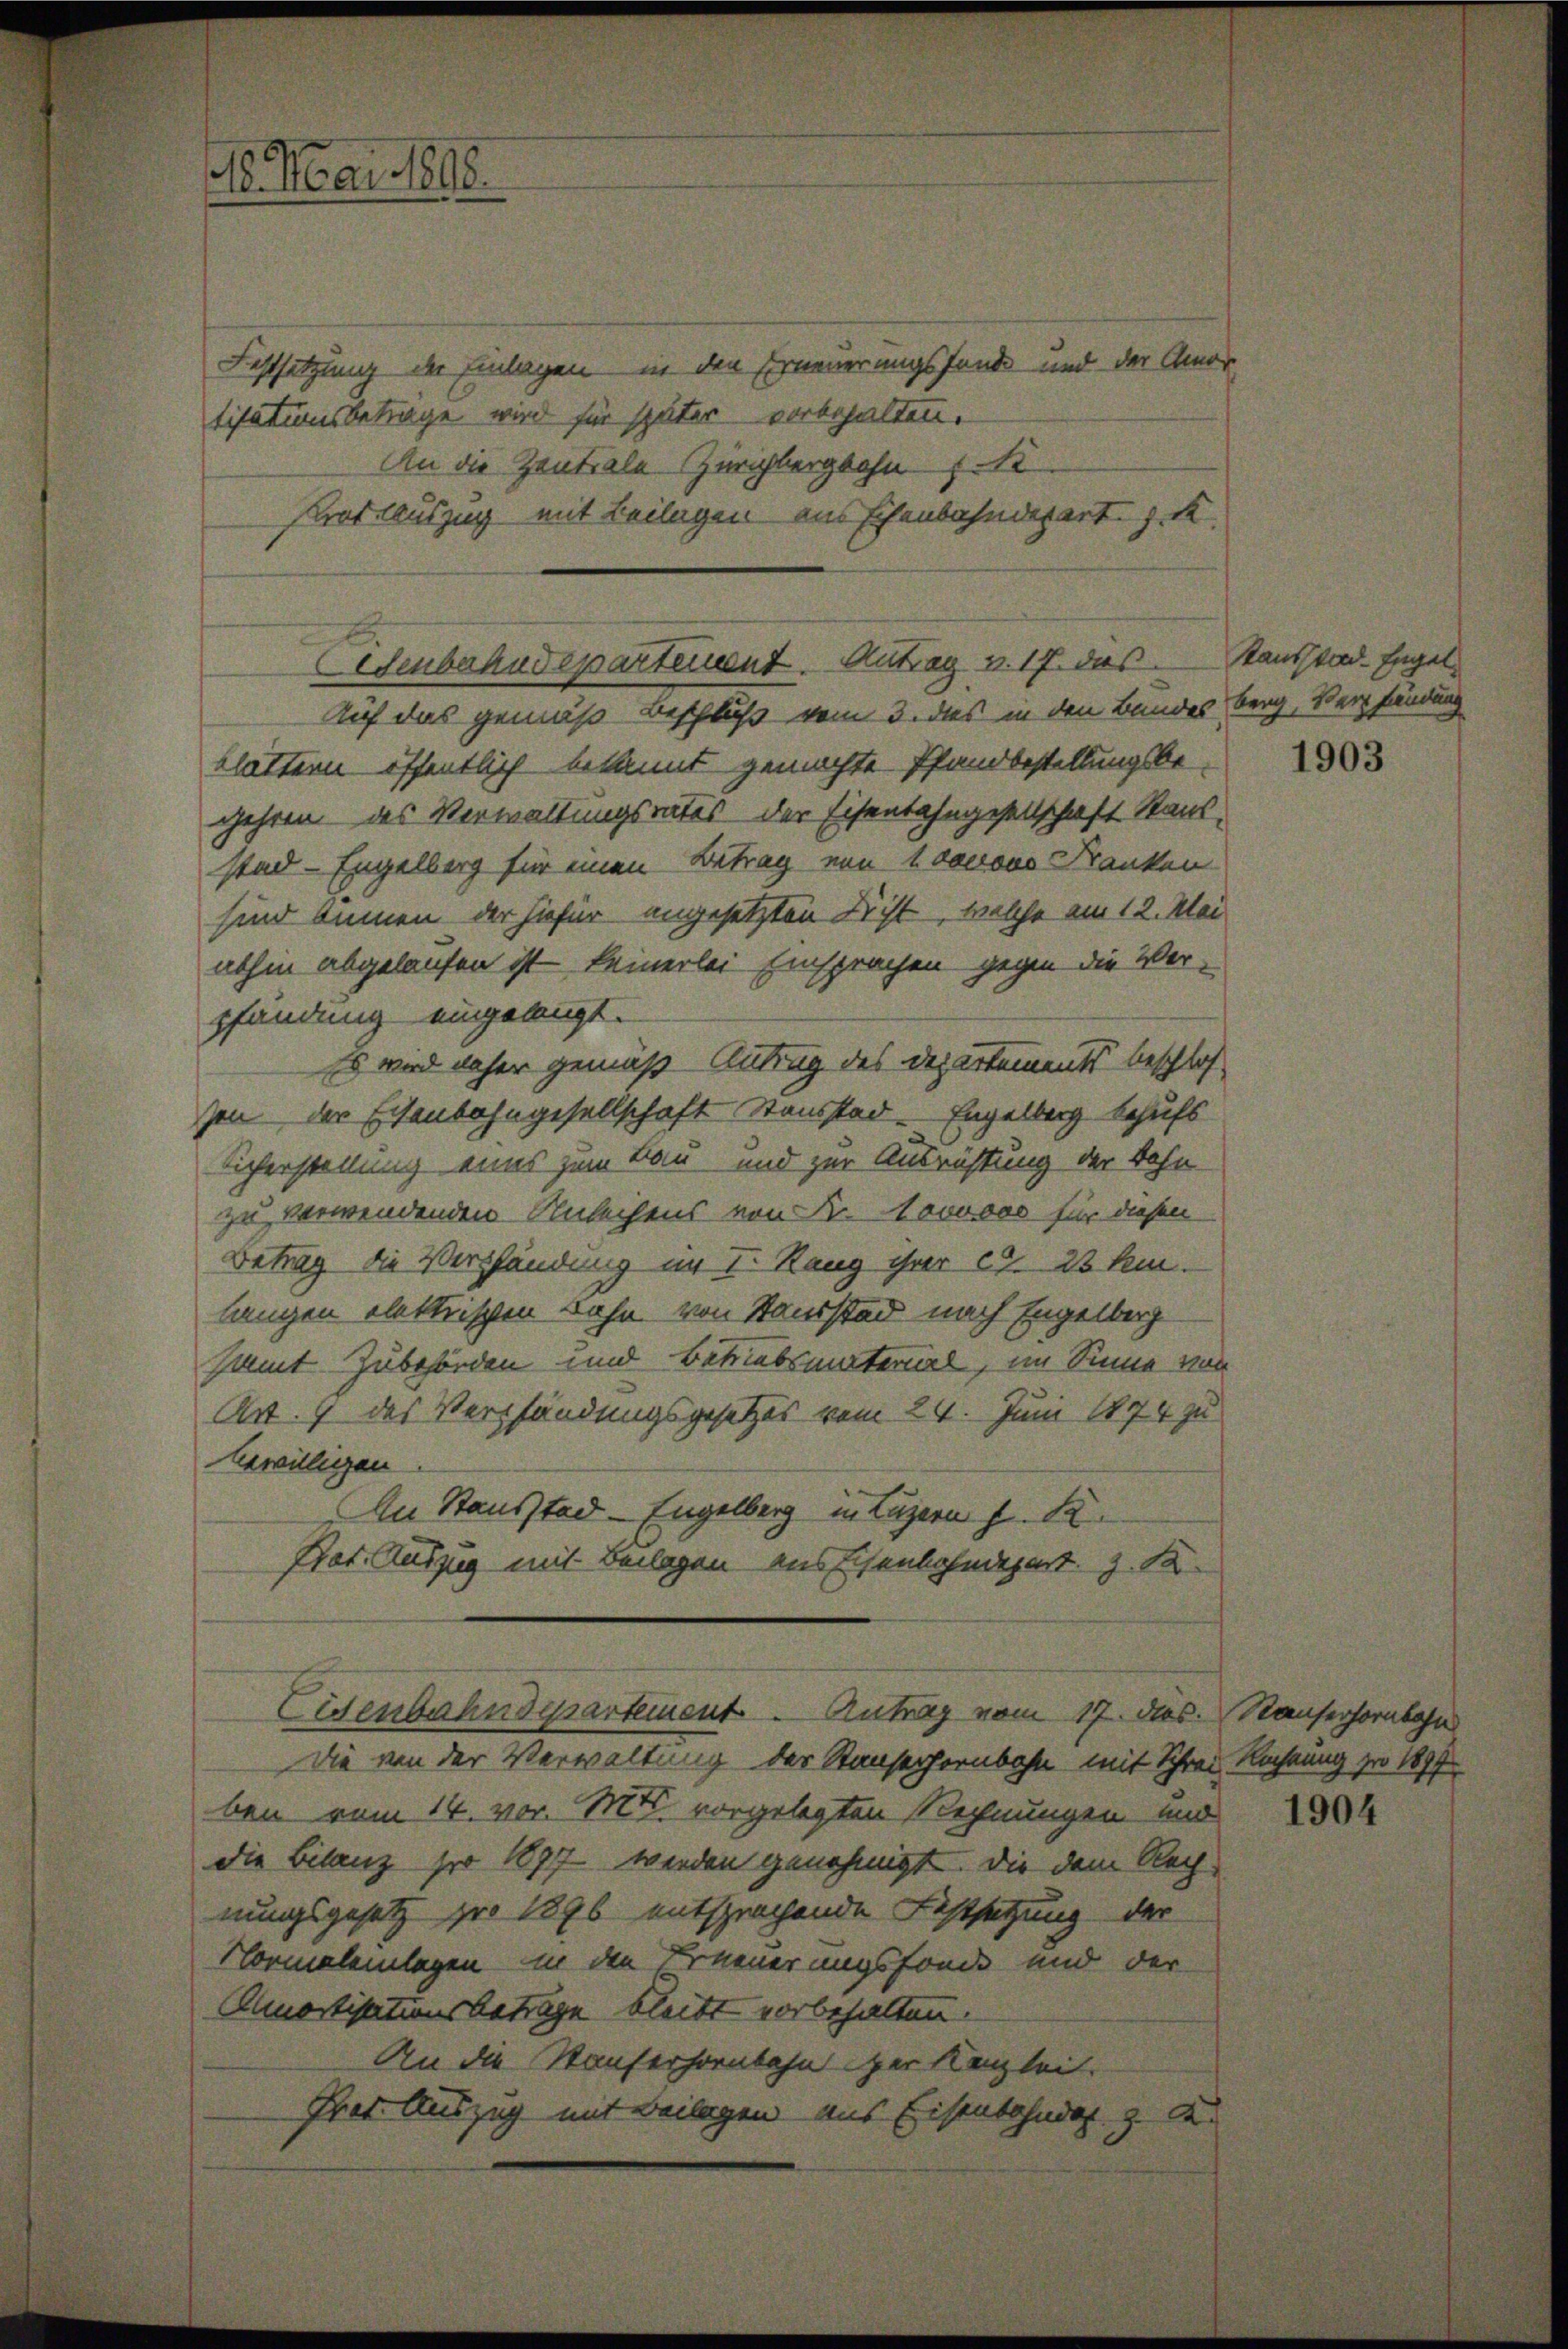
A
15. Mai 1898.

Festsetzung der Einlagen in den Erneuerungsfonde und der Amor-
tisationsbetrage wird für später vorbehalten.
An die Zentrale Zürichbergbahn 11.
Krattauszug mit Beilagen aus Eisenbahndepart. I. K

Auf das gemäß Beschluß vom 3. dies in den Bandes
klättern öffentlich bekannt gemachte Pfandbestellungsbe-
gehren das Verwaltungsrates der Eisenbahngesellschaft Raus
stad - Engelberg für einen Betrag von 1 kanons Franken
sind binnen der hiefür angesetzten Licht, welche am 12. Mai
abhin abgelaufen ist keinerlei Einsprachen gegen die Ver-
pfändung eingelangt.
Es wird naher gemäß Antrag des Departements beschloß
sen der Eisenbahngesellschaft Stausstad-Engelberg behufs
Sicherstellung eines zum Bau und zur Ausrichtung der Wohn-
zu verwendenden Antechens von Fr. 1000000 für diesen
Betrag die Verpfändung im I. Rang ihrer et. 23 tem.
langen elektrischen Bahn von Standstad nach Engelberg
samt Zubehörden und Betriebsmaterial, im Sinne von
Art. 4 des Verpfändungsgesetzes vom 24. Juni 1874 zu
bewilligen
An Stausstad Engelberg in Luzern J. K.
Pat. Auszug mit Beilagen aus Eisenbahndepart z. B.
Eisenbahndepartement. Antrag vom 17. dies
Die von der Verwaltung der Stauserhornbahn mit Schrei Rechnung pro 1897
ben vom 14. vor. Mts. vorgelegten Rechnungen und
die Bilanz ser 1897 werden genehmigt. Die dem Rech-
nungsgesetz pro 1896 entsprachende Festsetzung der
Normaleinlagen in den Erneuerungsfonde und der
Amortisationsbetrage bleibt vorbehalten.
An die Kauferhornbahn zur Kanzlei.
hres Auszug mit Beilagen aus Eisenbahnda z. B.

enbahndepartement. Antrag v. 17. dies

Kausstad-Engel
berg, Verpfändung

1903

Kauserhornbahn

1904